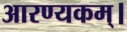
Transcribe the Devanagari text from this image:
आरण्यकम्।